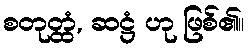
စတုတ္ထံ, ဆဋ္ဌံ ဟု ဖြစ်၏။